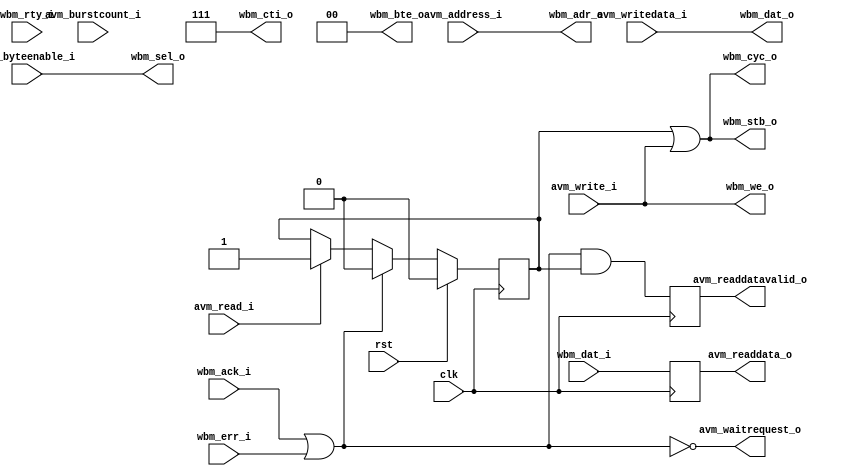
module avalon_to_wb_bridge #(
	parameter DW = 32,	// Data width
	parameter AW = 32	// Address width
)(
	input 		  clk,
	input 		  rst,
	// Avalon Master input
	input [AW-1:0] 	  avm_address_i,
	input [DW/8-1:0]  avm_byteenable_i,
	input 		  avm_read_i,
	output [DW-1:0]   avm_readdata_o,
	input [7:0] 	  avm_burstcount_i,
	input 		  avm_write_i,
	input [DW-1:0] 	  avm_writedata_i,
	output 		  avm_waitrequest_o,
	output 		  avm_readdatavalid_o,
	// Wishbone Master Output
	output [AW-1:0]   wbm_adr_o,
	output [DW-1:0]   wbm_dat_o,
	output [DW/8-1:0] wbm_sel_o,
	output 		  wbm_we_o,
	output 		  wbm_cyc_o,
	output 		  wbm_stb_o,
	output [2:0] 	  wbm_cti_o,
	output [1:0] 	  wbm_bte_o,
	input [DW-1:0] 	  wbm_dat_i,
	input 		  wbm_ack_i,
	input 		  wbm_err_i,
	input 		  wbm_rty_i
);

reg read_access;

always @(posedge clk)
	if (rst)
		read_access <= 0;
	else if (wbm_ack_i | wbm_err_i)
		read_access <= 0;
	else if (avm_read_i)
		read_access <= 1;

reg readdatavalid;
reg [DW-1:0] readdata;
always @(posedge clk) begin
	readdatavalid <= (wbm_ack_i | wbm_err_i) & read_access;
	readdata <= wbm_dat_i;
end

assign wbm_adr_o = avm_address_i;
assign wbm_dat_o = avm_writedata_i;
assign wbm_sel_o =  avm_byteenable_i;
assign wbm_we_o = avm_write_i;
assign wbm_cyc_o = read_access | avm_write_i;
assign wbm_stb_o = read_access | avm_write_i;
assign wbm_cti_o = 3'b111; // TODO: support burst accesses
assign wbm_bte_o = 2'b00;
assign avm_waitrequest_o = !(wbm_ack_i | wbm_err_i);
assign avm_readdatavalid_o = readdatavalid;
assign avm_readdata_o = readdata;

endmodule